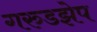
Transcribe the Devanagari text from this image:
गरुडझेप